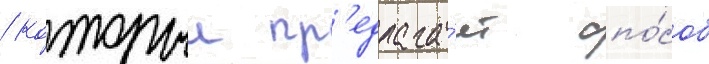
/ которыи пр'едлага́ет спо́соб